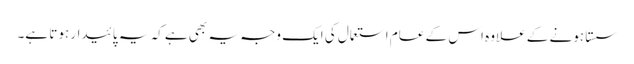
سستا ہونے کے علاوہ اس کے عام استعمال کی ایک وجہ یہ بھی ہے کہ یہ پائیدار ہوتا ہے۔